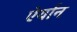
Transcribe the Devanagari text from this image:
ऐर्यान